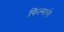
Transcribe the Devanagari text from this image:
फिल्माने।